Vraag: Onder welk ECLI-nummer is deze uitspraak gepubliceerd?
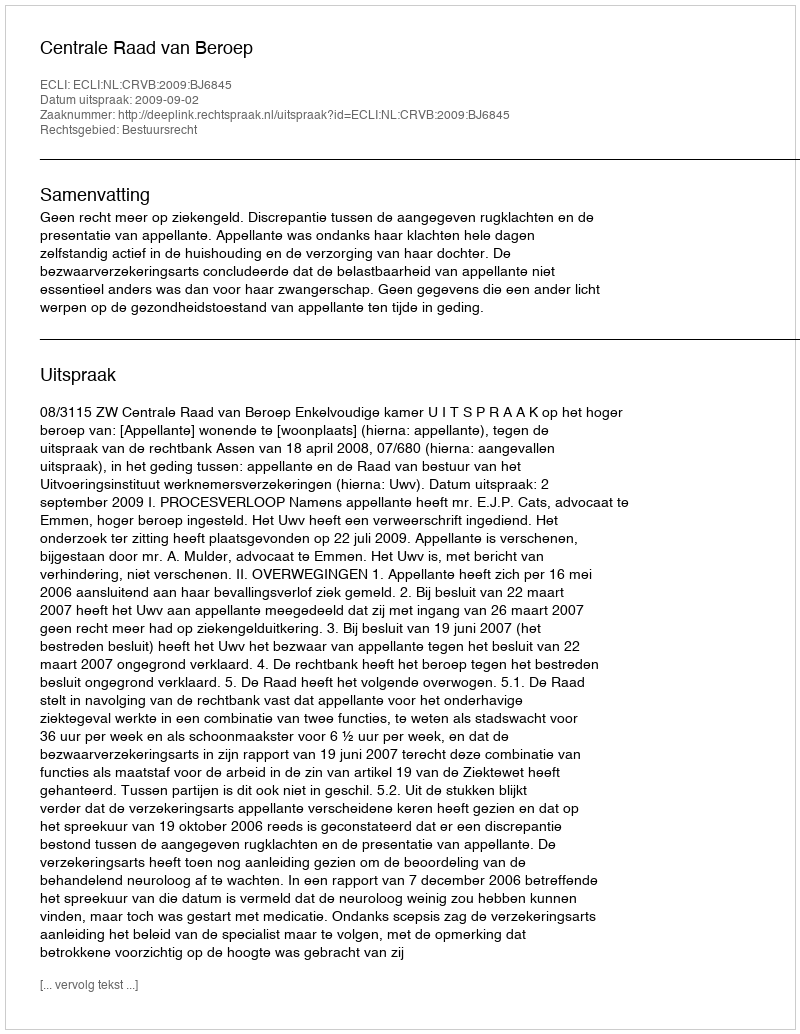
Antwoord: ECLI:NL:CRVB:2009:BJ6845